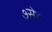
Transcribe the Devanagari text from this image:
७से८